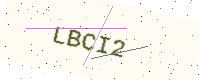
Text: LBCI2